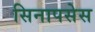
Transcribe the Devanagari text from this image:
सिनापसेस